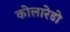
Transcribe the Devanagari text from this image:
कोलारेडो